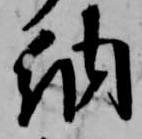
納